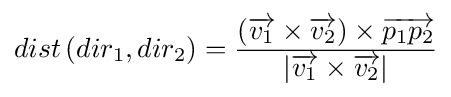
dist\left(dir_{1},dir_{2}\right)={\frac {\left({\overrightarrow {v_{1}}}\times {\overrightarrow {v_{2}}}\right)\times {\overrightarrow {p_{1}p_{2}}}}{\left|{\overrightarrow {v_{1}}}\times {\overrightarrow {v_{2}}}\right|}}